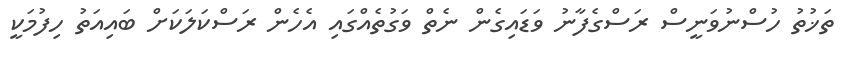
ތަޚުތު ހުސްނުވަނީސް ރަސްގެފާނު ވަޑައިގެން ނެތް ވަގުތެއްގައި އެހެން ރަސްކަލަކަށް ބައިއަތު ހިފުމަކީ